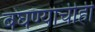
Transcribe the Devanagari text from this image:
बघण्याचीही